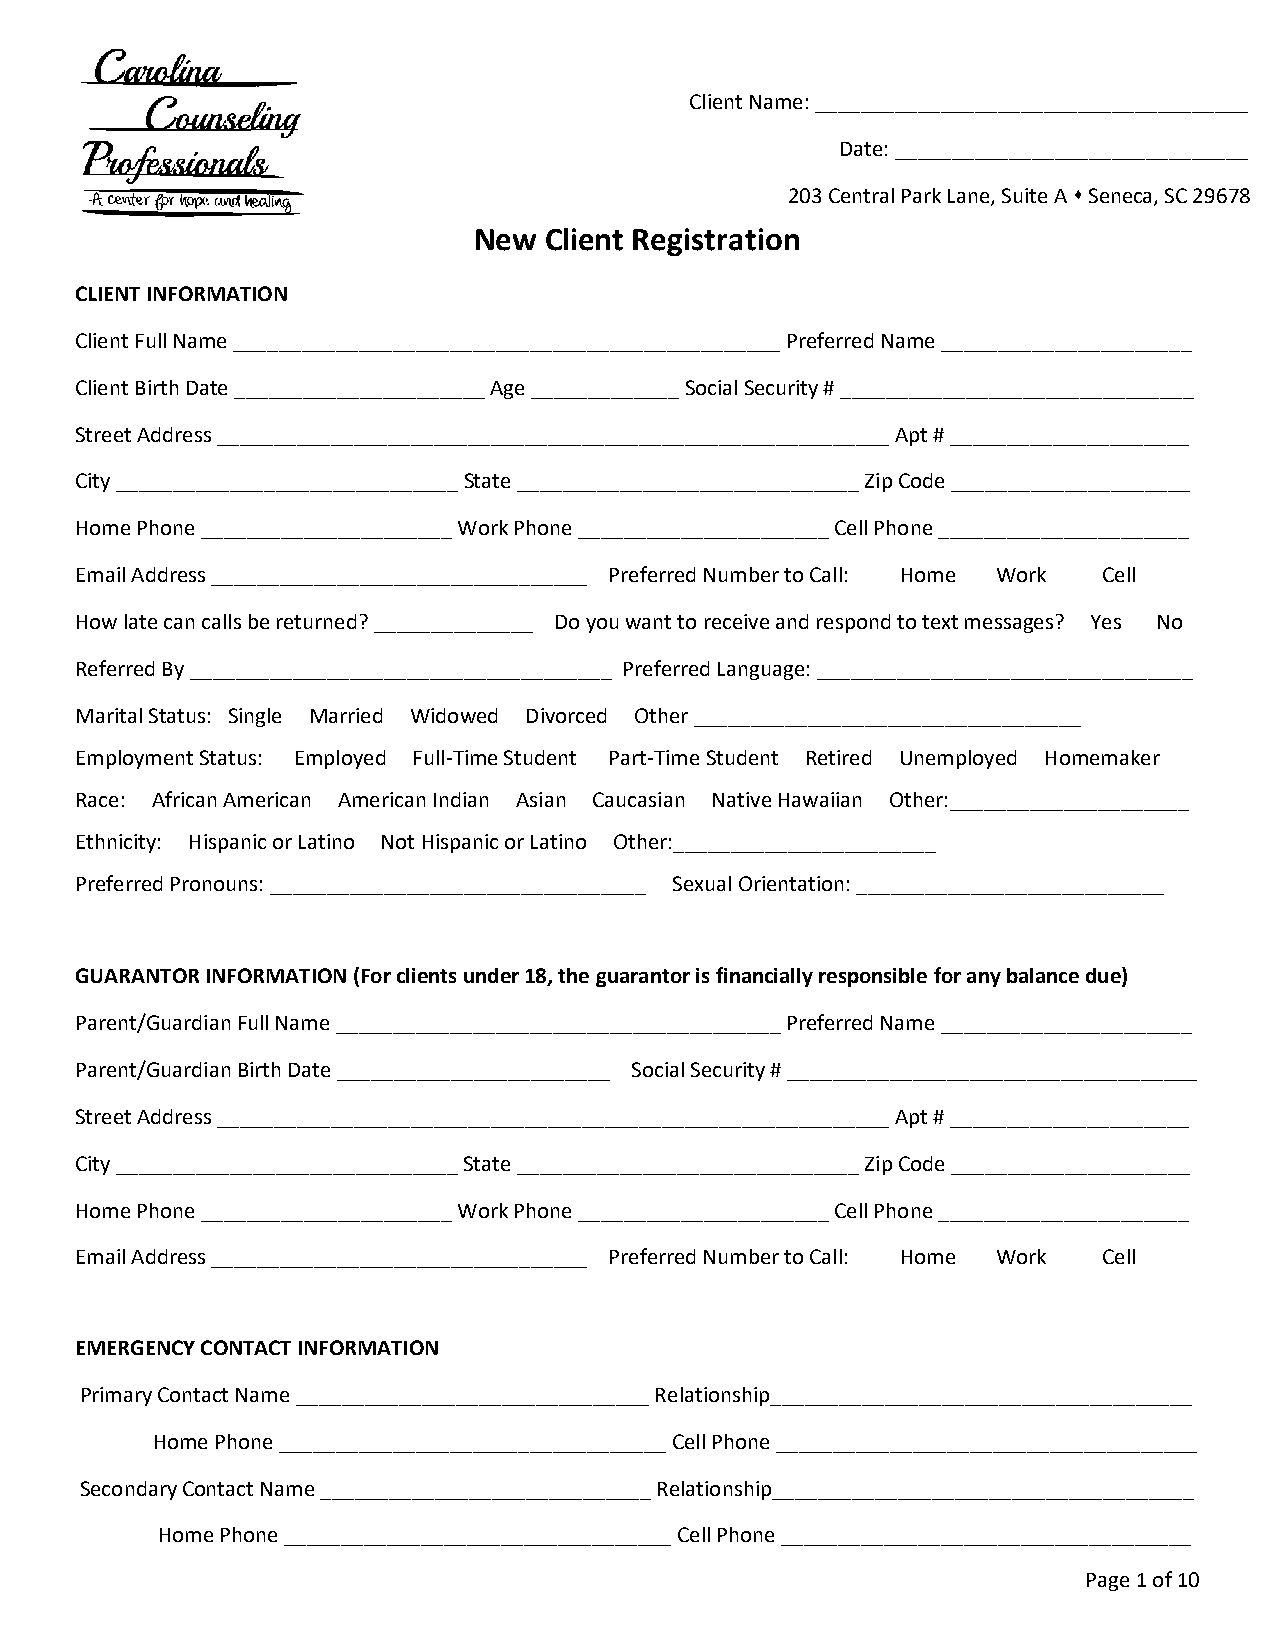
Client Name: ______________________________________
 Date: _______________________________
 203 Central Park Lane, Suite A  Seneca, SC 29678
 New  Client Registration
 CLIENT INFORMATION
 Client Full Name ________________________________________________ Preferred Name ______________________
 Client Birth Date ______________________ Age _____________ Social Security # _______________________________
 Street Address ___________________________________________________________ Apt # _____________________
 City ______________________________ State ______________________________ Zip Code _____________________
 Home Phone ______________________ Work Phone ______________________ Cell Phone ______________________
 Email Address _________________________________ Preferred Number to Call: Home Work Cell
 How late can calls be returned? ______________ Do you want to receive and respond to text messages? Yes No
 Referred By _____________________________________ Preferred Language: _________________________________
 Marital Status: Single Married Widowed Divorced Other __________________________________
 Employment Status: Employed Full-Time Student Part-Time Student Retired Unemployed Homemaker
 Race: African American American Indian Asian Caucasian Native Hawaiian Other:_____________________
 Ethnicity: Hispanic or Latino Not Hispanic or Latino Other:_______________________
 Preferred Pronouns: _________________________________ Sexual Orientation: ___________________________
 GUARANTOR INFORMATION (For clients under 18, the guarantor is financially responsible for any balance due)
 Parent/Guardian Full Name _______________________________________ Preferred Name ______________________
 Parent/Guardian Birth Date ________________________ Social Security # ____________________________________
 Street Address ___________________________________________________________ Apt # _____________________
 City ______________________________ State ______________________________ Zip Code _____________________
 Home Phone ______________________ Work Phone ______________________ Cell Phone ______________________
 Email Address _________________________________ Preferred Number to Call: Home Work Cell
 EMERGENCY CONTACT INFORMATION
 Primary Contact Name _______________________________ Relationship_____________________________________
 Home Phone __________________________________ Cell Phone _____________________________________
 Secondary Contact Name _____________________________ Relationship_____________________________________
 Home Phone __________________________________ Cell Phone ____________________________________
 Page 1 of 10